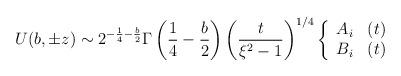
LaTeX: \begin{align*}U(b, \pm z) \sim 2^{- \frac{1}{4} - \frac{b}{2}} \Gamma \left( \frac{1}{4} - \frac{b}{2} \right)\left( \frac{t}{\xi^2 - 1} \right)^{1/4} \left\{ \begin{array}{ll}A_i & (t)\\B_i & (t)\end{array}\right.\end{align*}